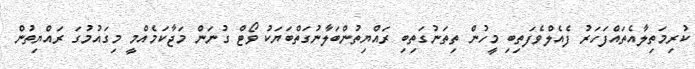
ކުރިމަތިލާއެތައްފަހަރު ފެއެލްވެފަތިބި މީހުން ތިތަނުގަތިބި ރައްޔިތުންބަލާނުގަތްބަޔަކު ވޯޓް ގުނަން މަޖާކަމެއްމީ މިގައުމުގަ ރައްޔިތުން